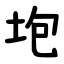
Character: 垉